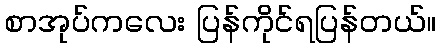
စာအုပ်ကလေး ပြန်ကိုင်ရပြန်တယ်။